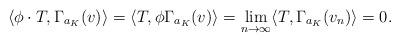
LaTeX: \begin{align*}\langle \phi \cdot T , \Gamma_{a_K}(v) \rangle = \langle T, \phi \Gamma_{a_K}(v)\rangle =\lim_{n\to\infty} \langle T, \Gamma_{a_K}(v_n)\rangle = 0.\end{align*}